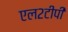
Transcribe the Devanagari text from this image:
एल२टीपी